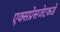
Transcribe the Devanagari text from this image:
एक्सप्रेसजेटकडे